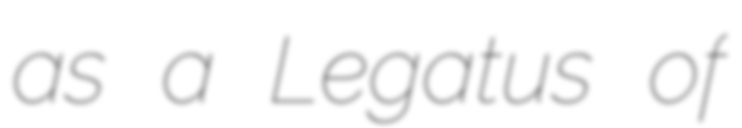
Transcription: as a Legatus of